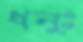
ধনুঃ